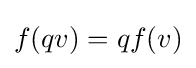
f(qv)=qf(v)